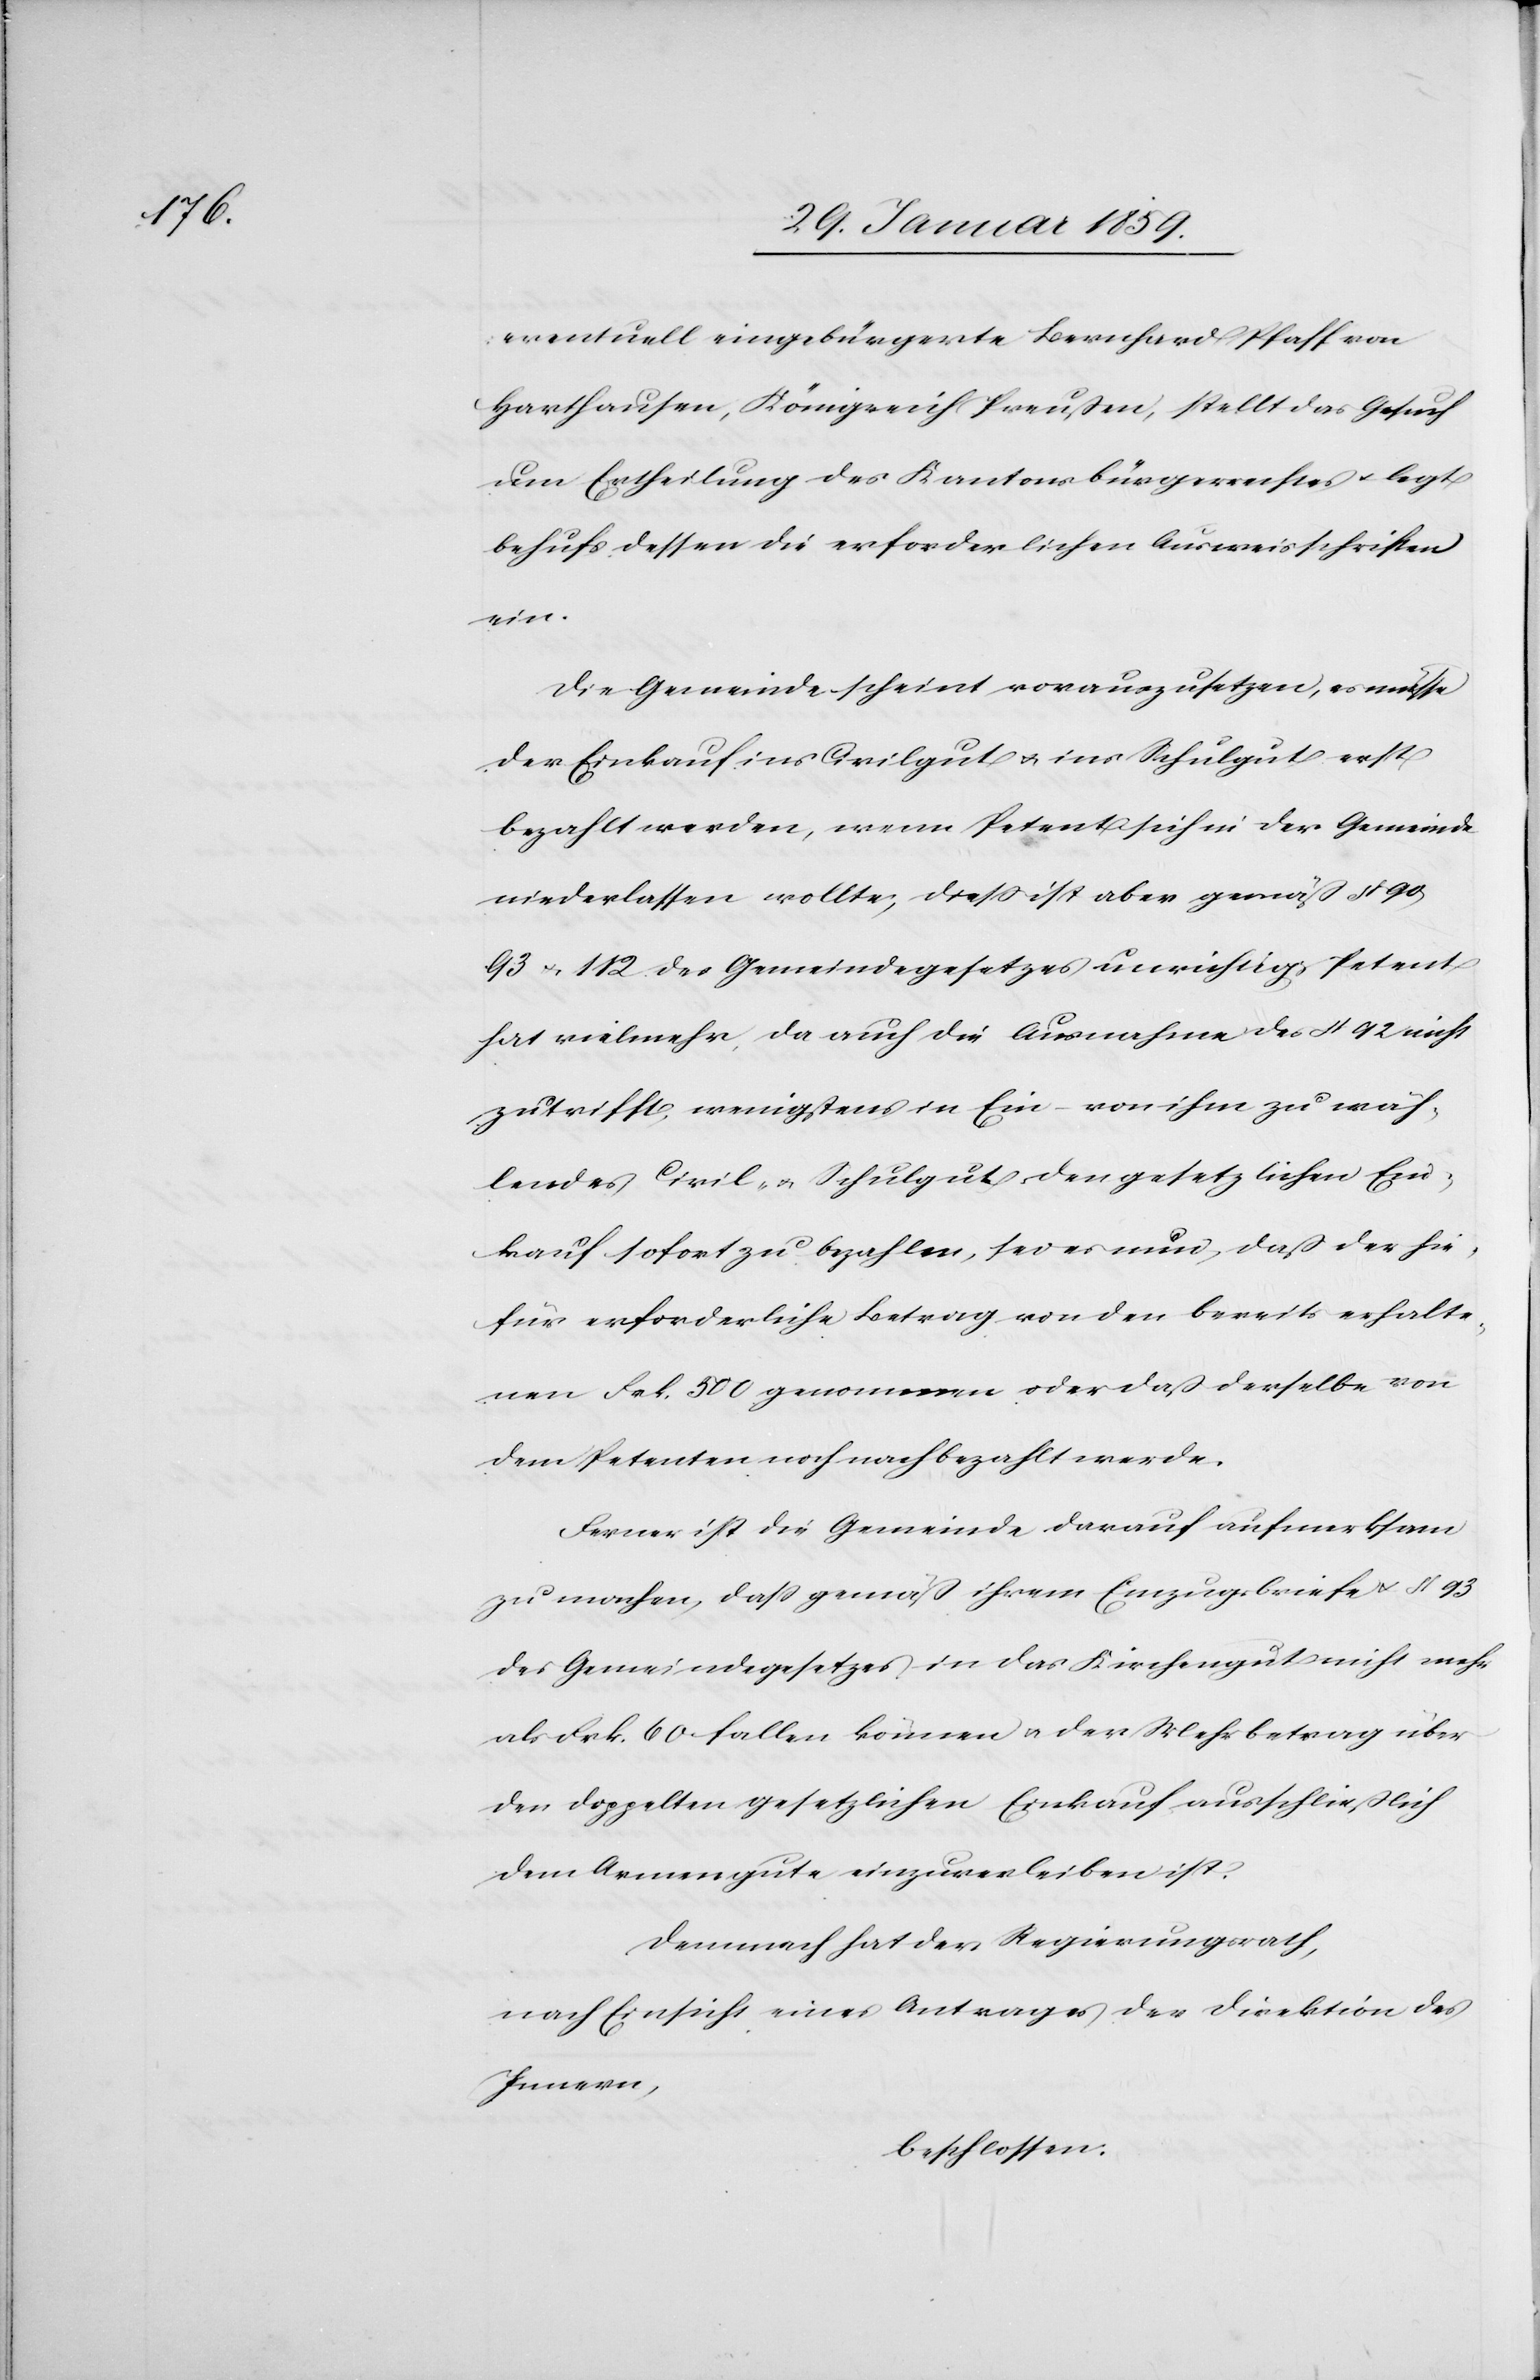
eventuell eingebürgerte Bernhard Pfaff von
Harthausen, Königreich Preußen, stellt das Gesuch
um Ertheilung des Kantonsbürgerrechtes u. legt
behufs dessen die erforderlichen Ausweisschriften
ein.
Die Gemeinde scheint vorauszusetzen, es müsse
der Einkauf ins Civilgut u. ins Schulgut erst
bezahlt werden, wenn Petent sich in der Gemeinde
niederlassen wollte; dieß ist aber gemäß § 90,
93 u. 112 des Gemeindegesetzes unrichtig, Petent
hat vielmehr, da auch die Ausnahme des § 92 nicht
zutrifft, wenigstens in Ein – von ihm zu wäh¬
lendes Civil- u. Schulgute den gesetzlichen Ein¬
kauf sofort zu bezahlen, sei es nun, daß der hie¬
für erforderliche Betrag von den bereits erhalte¬
nen Frk. 500 genommen oder daß derselbe von
dem Petenten noch nachbezahlt werde.
Ferner ist die Gemeinde darauf aufmerksam
zu machen, daß gemäß ihrem Einzugsbriefe u. § 93
des Gemeindegesetzes in das Kirchengut nicht mehr
als Frk. 60 fallen können u. der Mehrbetrag über
den doppelten gesetzlichen Einkauf ausschließlich
dem Armengute einzuverleiben ist.
Demnach hat der Regierungsrath,
nach Einsicht eines Antrages der Direktion des
Innern,
beschlossen: